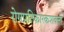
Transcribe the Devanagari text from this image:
रोगप्रतिकारकशक्ती